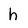
Character: h